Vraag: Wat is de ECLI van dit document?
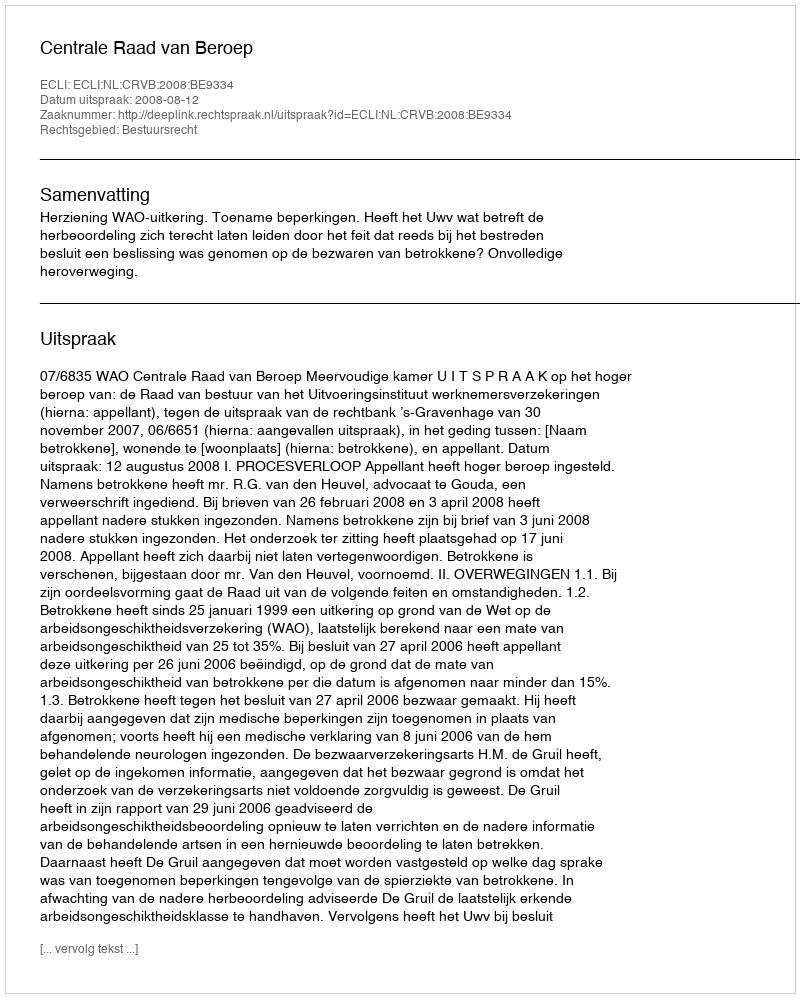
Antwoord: ECLI:NL:CRVB:2008:BE9334